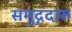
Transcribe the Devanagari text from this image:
समुद्गदारु